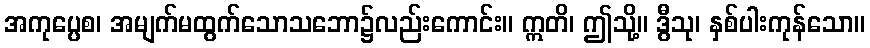
အကုပ္ပေစ၊ အမျက်မထွက်သောသဘော၌လည်းကောင်း။ ဣတိ၊ ဤသို့။ ဒွီသု၊ နှစ်ပါးကုန်သော။